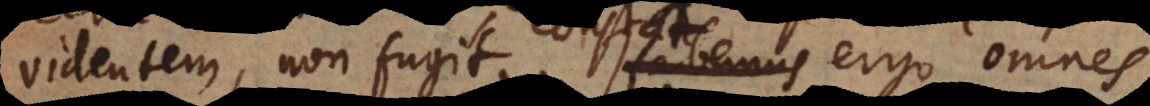
videntem, non fugit. Habemus ergo omnes